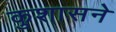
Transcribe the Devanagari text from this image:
कुशासने